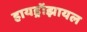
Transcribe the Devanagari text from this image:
हायड्रॉझायल